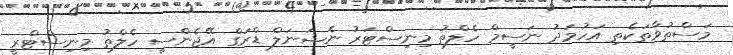
މަސްތުވާތަކެތި އަހުމަދު ނަސީމް ހެލްތު މިނިސްޓަރު ނެޝަނަލް ޑްރަގް އޭޖެންސީ ހެލްތު މިނިސްޓްރީ